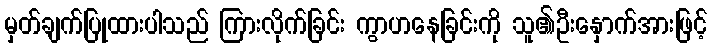
မှတ်ချက်ပြုထားပါသည် ကြားလိုက်ခြင်း ကွာဟနေခြင်းကို သူ၏ဦးနှောက်အားဖြင့်